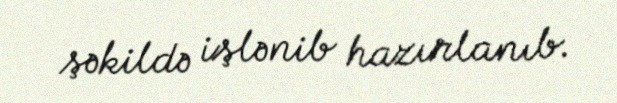
şəkildə işlənib hazırlanıb.